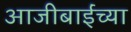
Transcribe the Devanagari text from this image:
आजीबाईंच्या